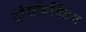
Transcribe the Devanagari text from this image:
ट्रांसफेक्टिंग